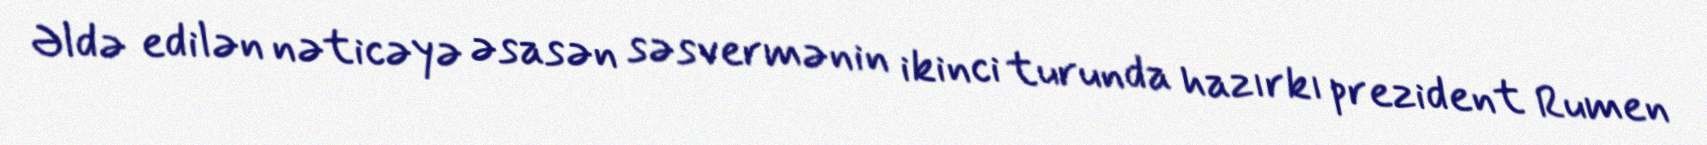
Əldə edilən nəticəyə əsasən səsvermənin ikinci turunda hazırkı prezident Rumen